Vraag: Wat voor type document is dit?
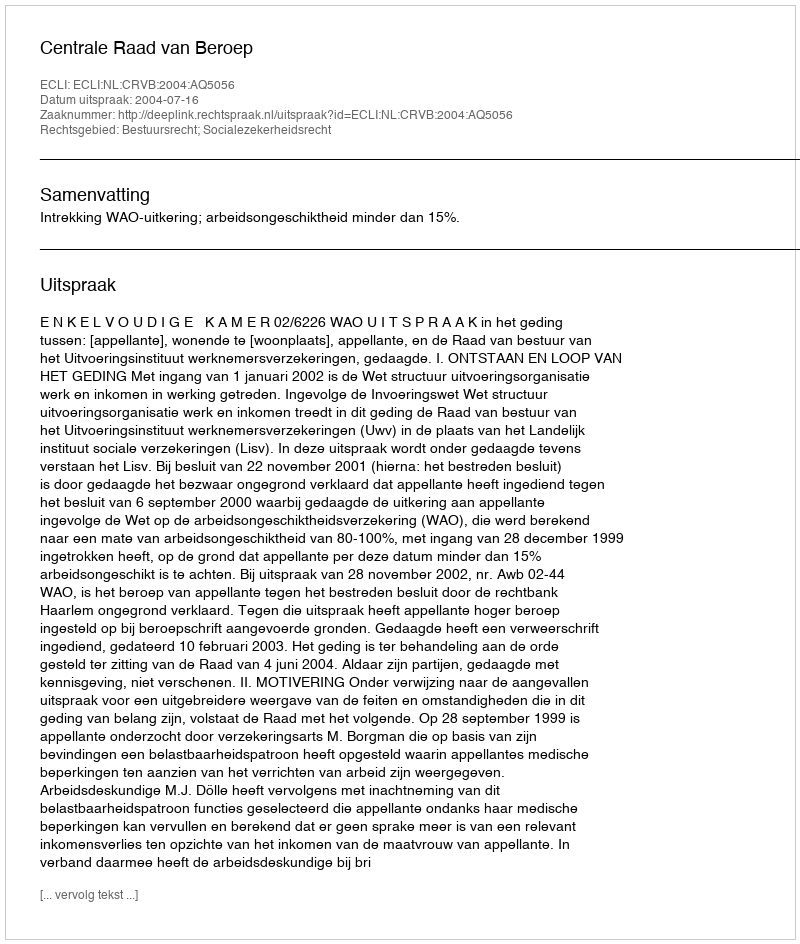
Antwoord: Uitspraak